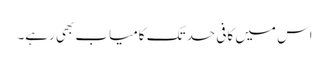
اس میں کافی حد تک کامیاب بھی رہے۔